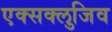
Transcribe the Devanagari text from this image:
एक्सक्लुजिव